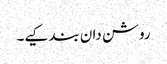
روشن دان بند کیے۔